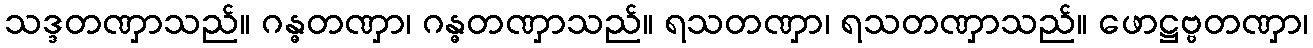
သဒ္ဒတဏှာသည်။ ဂန္ဓတဏှာ၊ ဂန္ဓတဏှာသည်။ ရသတဏှာ၊ ရသတဏှာသည်။ ဖောဋ္ဌဗ္ဗတဏှာ၊